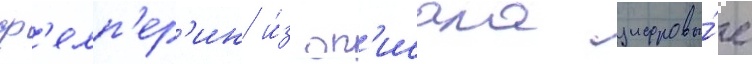
ф'елп'ер'ин и́з оп'исала цифровы́е